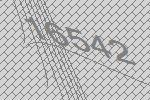
16542